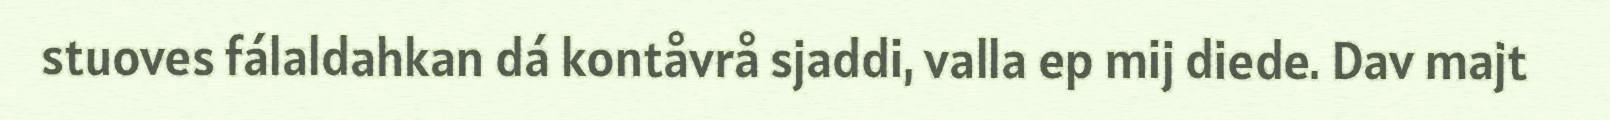
stuoves fálaldahkan dá kontåvrå sjaddi, valla ep mij diede. Dav majt